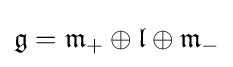
{\mathfrak {g}}={\mathfrak {m}}_{+}\oplus {\mathfrak {l}}\oplus {\mathfrak {m}}_{-}